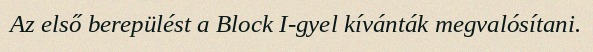
Az első berepülést a Block I-gyel kívánták megvalósítani.